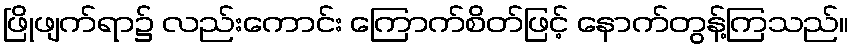
ဖြိုဖျက်ရာ၌ လည်းကောင်း ကြောက်စိတ်ဖြင့် နောက်တွန့်ကြသည်။